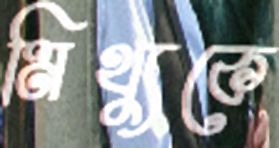
মিথ্যুকে